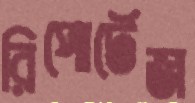
রিপোর্টেজ